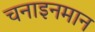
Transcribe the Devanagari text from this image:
चनाइनमान